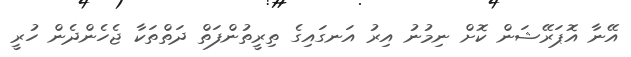
އޭނާ އޮޕަރޭޝަން ކޮށް ނިމުނު އިރު އަނގައިގެ ތިރީތުންފަތް ދަތްތަކާ ޖެހެންދެން ހުރީ